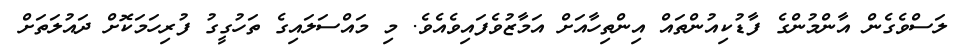
ލަސްވެގެން އާންމުންގެ ފާޑުކިއުންތައް އިންތިހާއަށް އަމާޒުވެފައިވެއެވެ. މި މައްސަލައިގެ ތަހުގީގު ފުރިހަމަކޮށް ދައުލަތަށް